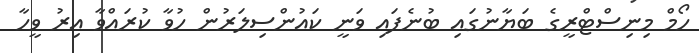
ހޯމް މިނިސްޓްރީގެ ބަޔާނުގައި ބުނެފައި ވަނީ ކައުންސިލަރުން ހުވާ ކުރައްވާ އިރު ވީހާ